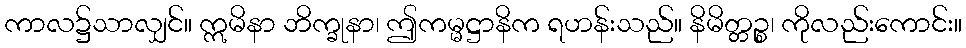
ကာလ၌သာလျှင်။ ဣမိနာ ဘိက္ခုနာ၊ ဤကမ္မဋ္ဌာနိက ရဟန်းသည်။ နိမိတ္တဉ္စ၊ ကိုလည်းကောင်း။